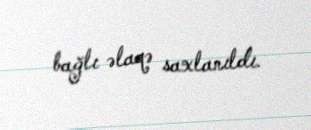
bağlı əlaqə saxlanıldı.